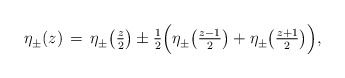
\begin{align*} \eta^{}_{\pm} (z) \, = \, \eta^{}_{\pm} \bigl(\tfrac{z}{2}\bigr) \pm \tfrac{1}{2} \Bigl( \eta^{}_{\pm} \bigl(\tfrac{z-1}{2}\bigr) + \eta^{}_{\pm} \bigl(\tfrac{z+1}{2}\bigr) \Bigr),\end{align*}